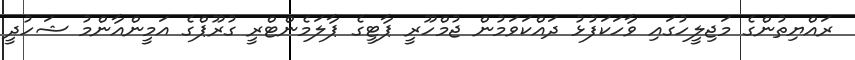
ރައްޔިތުންގެ މަޖިލީހުގައި ވާހަކަފުޅު ދައްކަވަމުން ޖުމްހޫރީ ޕާޓީގެ ޕާލަމެންޓްރީ ގުރޫޕްގެ އަމީންއާންމު ޝަހުދީ